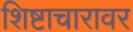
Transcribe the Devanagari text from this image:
शिष्टाचारावर